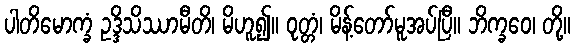
ပါတိမောက္ခံ ဥဒ္ဒိသိဿာမီတိ၊ မိဟူ၍။ ဝုတ္တံ၊ မိန့်တော်မူအပ်ပြီ။ ဘိက္ခဝေ၊ တို့။